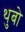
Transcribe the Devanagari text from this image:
थुबो